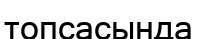
топсасында